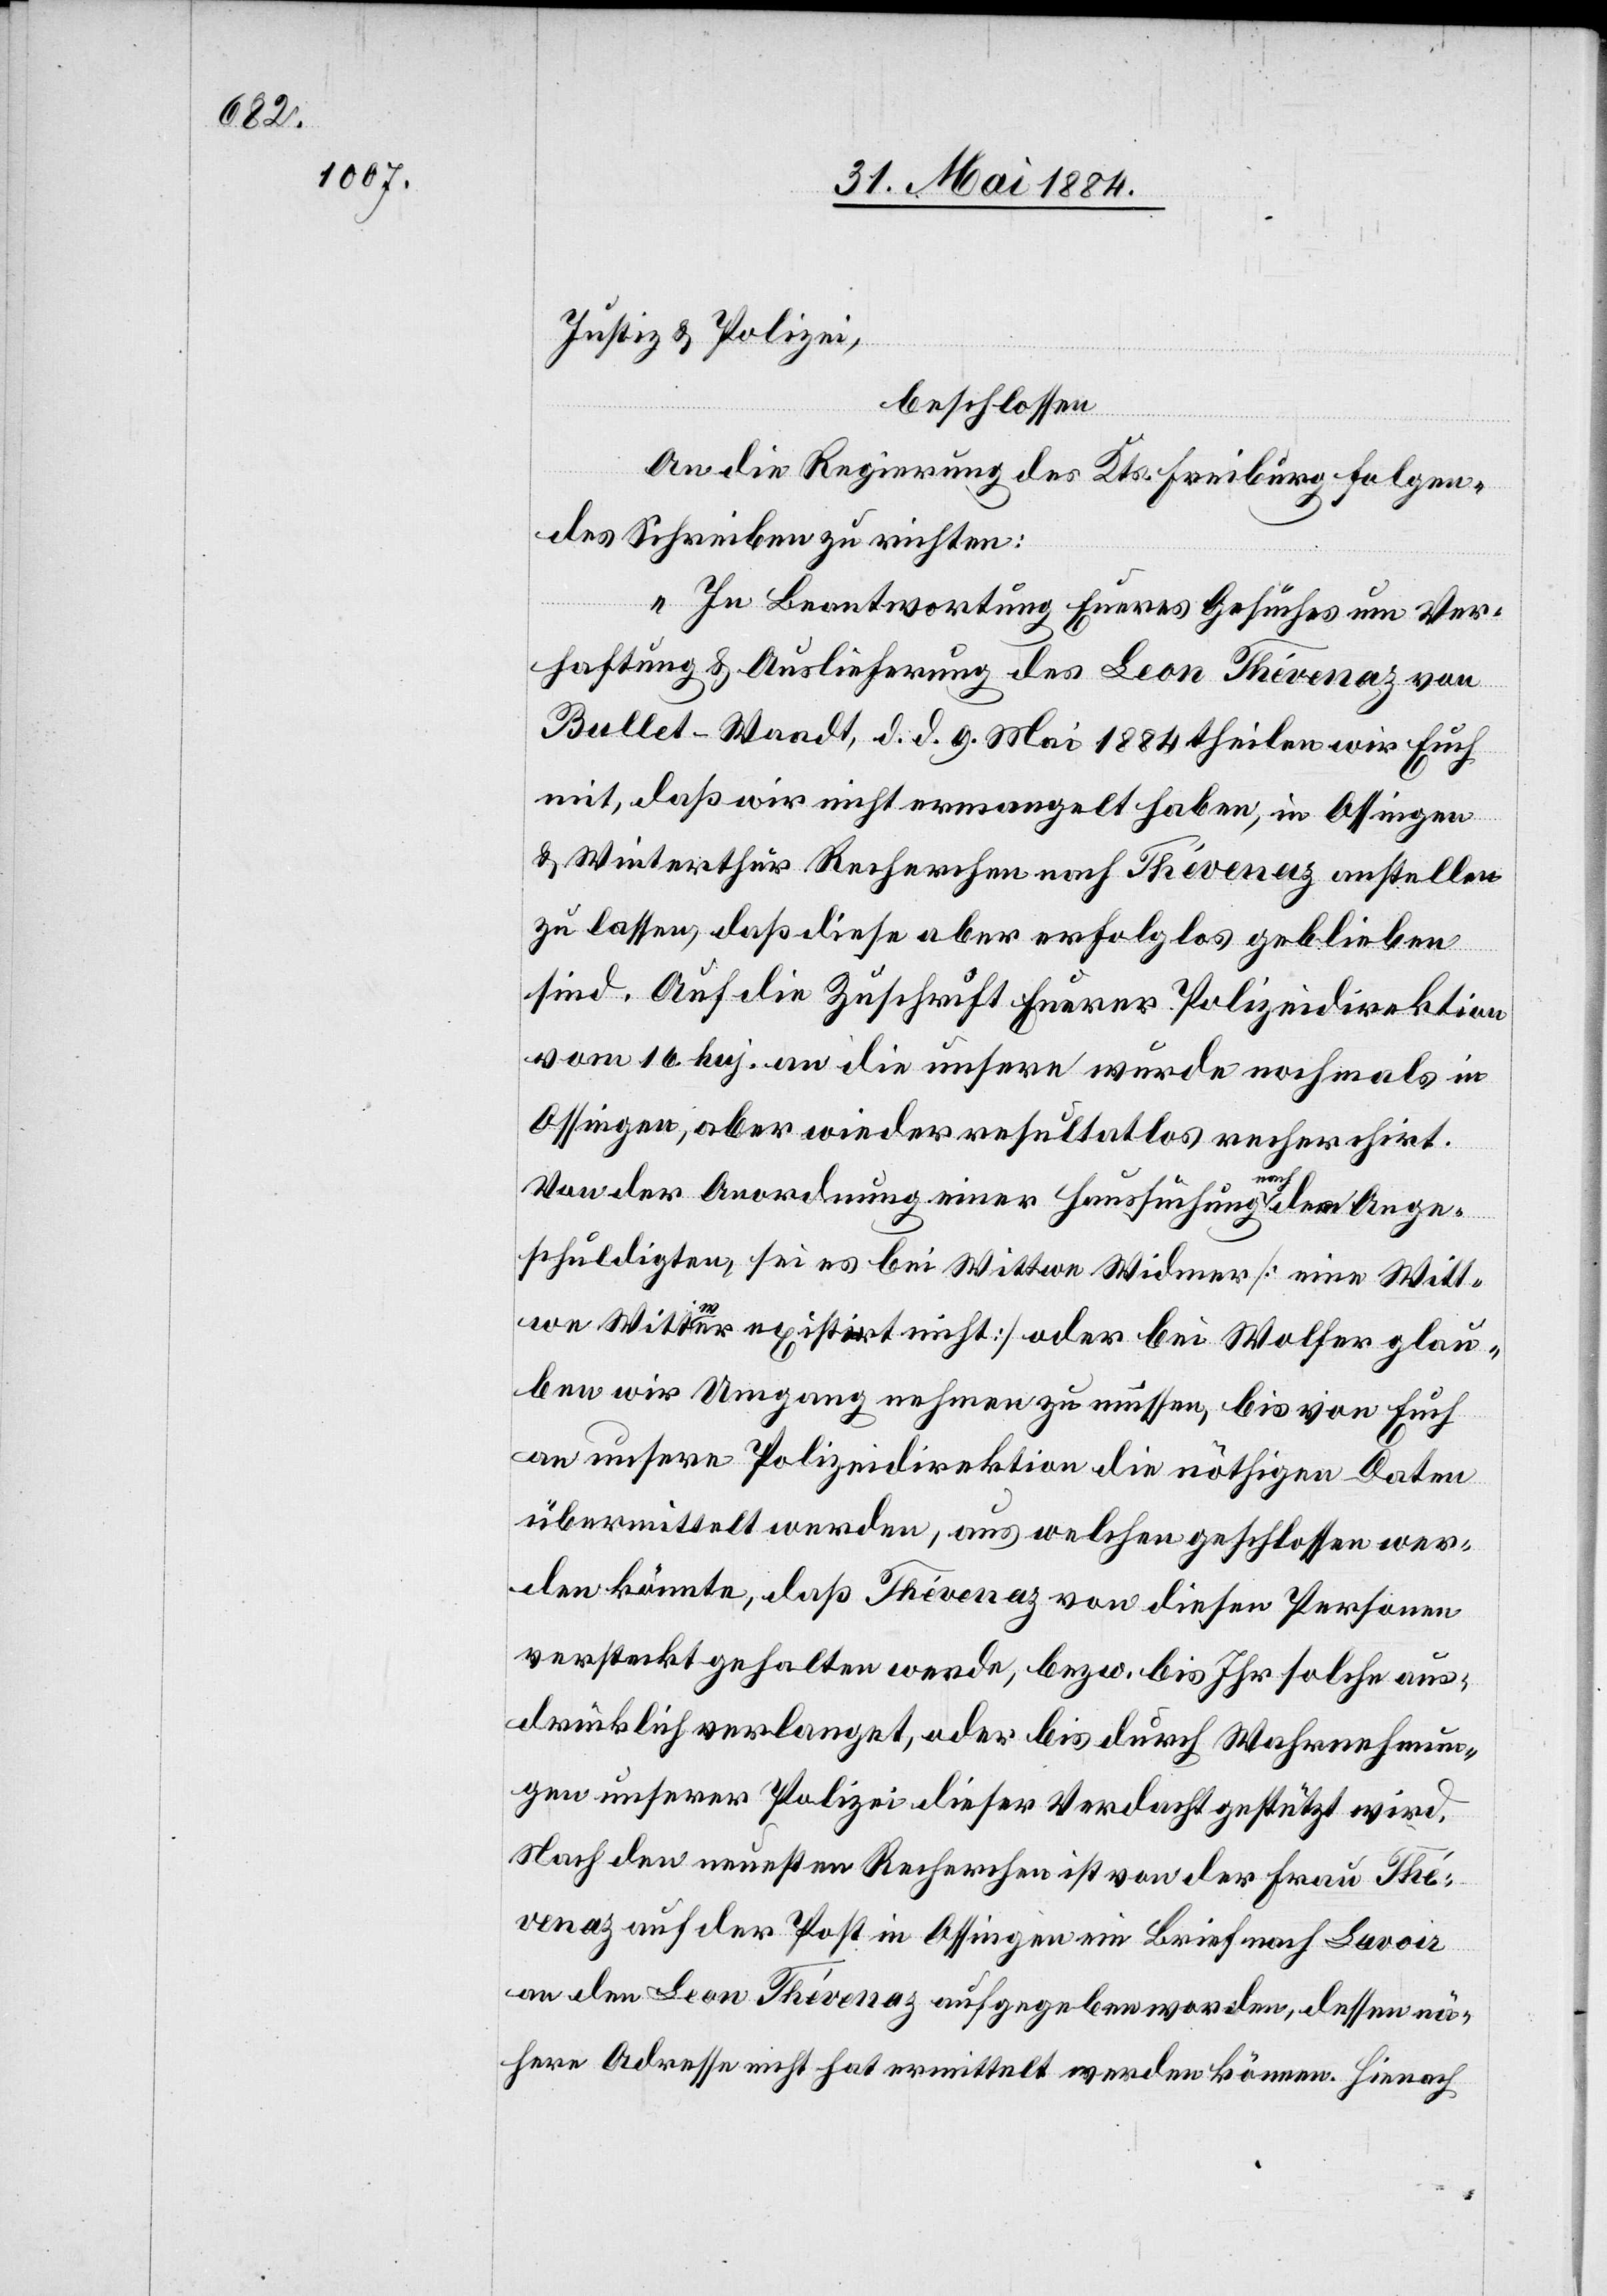
Justiz- & Polizei,
beschlossen
An die Regierung des Kts. Freiburg folgen¬
des Schreiben zu richten:
„In Beantwortung Eueres Gesuches um Ver¬
haftung & Auslieferung des Leon Thévenaz von
Bullet - Waadt, d. d. 9. Mai 1884 theilen wir Euch
mit, daß wir nicht ermangelt haben, in Ossingen
& Winterthur Recherchen nach Thévenaz anstellen
zu lassen, daß diese aber erfolglos geblieben
sind. Auf die Zuschrift Euerer Polizeidirektion
vom 16. huj an die unsere wurde nochmals in
Ossingen, aber wieder resultatlos recherchirt.
Von der Anordnung einer Haussuchung nach dem Ange¬
schuldigten, sei es bei Wittwe Widmer [eine Witt¬
we Wittwer existirt nicht] oder bei Wolfer glau¬
ben wir Umgang nehmen zu müssen, bis von Euch
an unsere Polizeidirektion die nöthigen Daten
übermittelt werden, aus welchen geschlossen wer¬
den könnte, daß Thévenaz von diesen Personen
versteckt gehalten werde, bezw. bis Ihr solche aus¬
drücklich verlanget, oder bis durch Wahrnehmun¬
gen unserer Polizei dieser Verdacht gestützt wird.
Nach den neuesten Recherchen ist von der Frau Thé¬
venaz auf der Post in Ossingen ein Brief nach [?Suvoir]
an den Leon Thévenaz aufgegeben worden, dessen nä¬
here Adresse nicht hat ermittelt werden können. Hienach